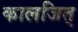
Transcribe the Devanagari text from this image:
कालजित्‌